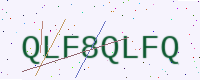
Text: QLF8QLFQ